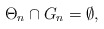
\begin{align*}\Theta_n \cap G_n = \emptyset,\end{align*}